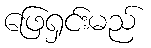
ဖြေရှင်းမည်